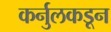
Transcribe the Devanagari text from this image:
कर्नुलकडून